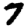
Digit: 7